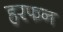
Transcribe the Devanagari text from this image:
हरफन